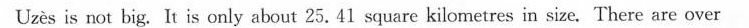
Uzès is not big. It is only about 25. 41 square kilometres in size. There are over